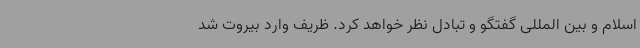
اسلام و بین المللی گفتگو و تبادل نظر خواهد کرد. ظریف وارد بیروت شد